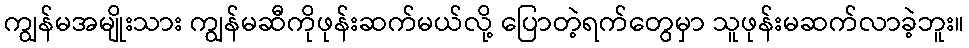
ကျွန်မအမျိုးသား ကျွန်မဆီကိုဖုန်းဆက်မယ်လို့ ပြောတဲ့ရက်တွေမှာ သူဖုန်းမဆက်လာခဲ့ဘူး။